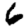
Digit: 6